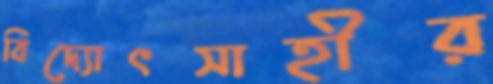
বিদ্যোৎসাহীর